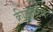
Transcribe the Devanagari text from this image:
क्रीजोस्टम